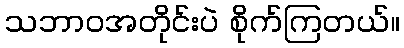
သဘာဝအတိုင်းပဲ စိုက်ကြတယ်။